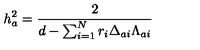
h _ { a } ^ { 2 } = { \frac { 2 } { d - \sum _ { i = 1 } ^ { N } r _ { i } \Delta _ { a i } \Lambda _ { a i } } }